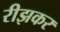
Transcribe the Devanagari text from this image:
रीझकर